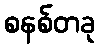
စနစ်တခု